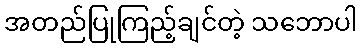
အတည်ပြုကြည့်ချင်တဲ့ သဘောပါ